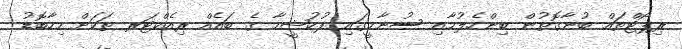
ރިޕޯޓްތައް ބުނާގޮތުން ބިންހެލުމާއި ސުނާމީގައި ފުކުޝީމާ ގެ ބައެއް ރިއެކްޓަރ ތަކަށް މިހާބޮޑު